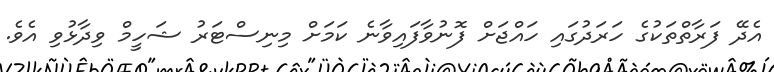
އެދޭ ފަރާތްތަކުގެ ހަރަދުގައި ހައްޖަށް ފޮނުވާފައިވާނެ ކަމަށް މިނިސްޓަރު ޝަހީމް ވިދާޅުވި އެވެ.